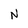
Character: N